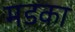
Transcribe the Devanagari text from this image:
मडका